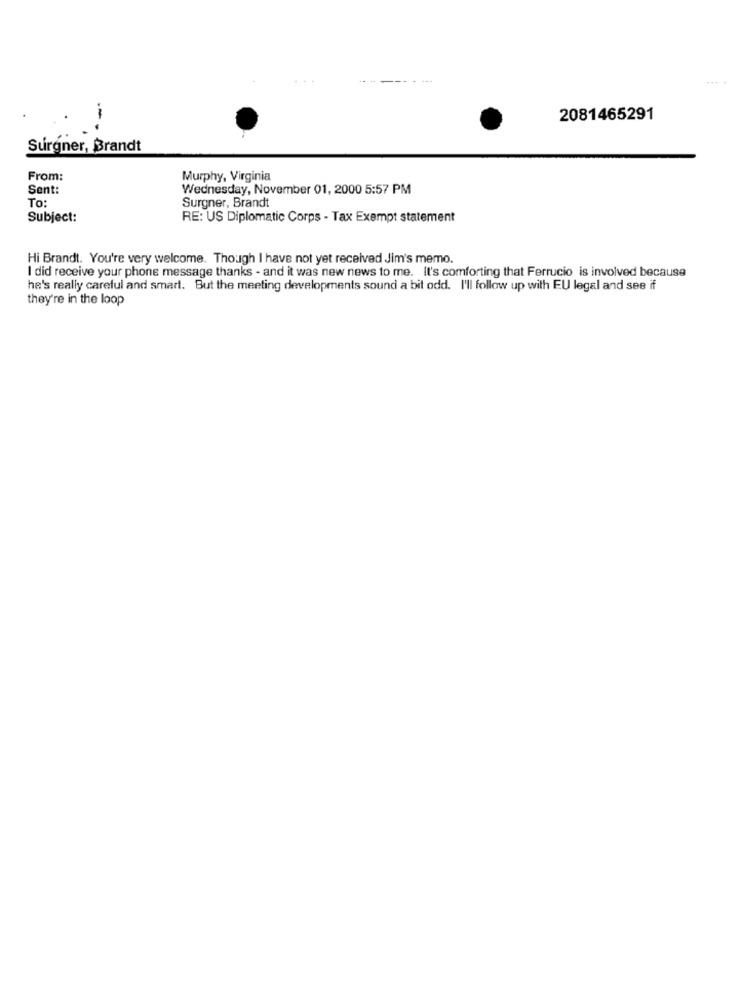
---
--
2081465291
Surgner, Brandt
From:
Murphy, Virginia
Sent:
Wednesday, November 01, 2000 5:57 PM
To:
Surgner, Brandt
Subject:
RE: US Diplomatic Corps - Tax Exempt statement
Hi Brandt. You're very welcome. Though I have not yet received Jim's memo.
I did receive your phone message thanks - and it was new news to me. It's comforting that Ferrucio is involved because
he's really careful and smart. But the meeting developments sound a bit odd. I'll follow up with EU legal and see if
they're in the loop